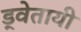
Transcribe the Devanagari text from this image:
ड्वेतायी